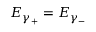
E _ { \gamma _ { + } } = E _ { \gamma _ { - } }